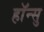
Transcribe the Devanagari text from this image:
हाॅन्सु